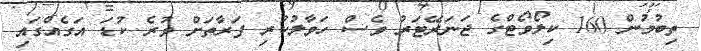
ތިބުމުން 160 ކިލޯވޯޓްގެ ޖަނަރޭޓަރު ވެސް ހަވާލުކުރި ފަރާތަށް ވުރެ ކުޑަ އަގެއްގައި